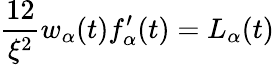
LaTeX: {\frac{12}{\xi^{2}}}w_{\alpha}(t)f_{\alpha}^{\prime}(t)=L_{\alpha}(t)